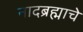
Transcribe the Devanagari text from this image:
नादब्रह्माचे